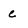
Character: c